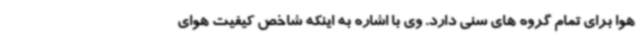
هوا برای تمام گروه های سنی دارد. وی با اشاره به اینکه شاخص کیفیت هوای